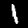
Label: 1